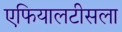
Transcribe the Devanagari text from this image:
एफियालटीसला